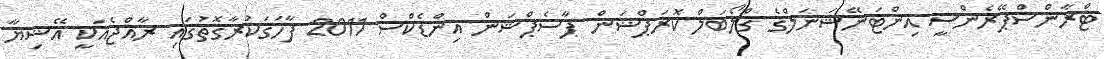
ޓްރާންސްޕޭރެންސީ އިންޓަނޭޝަނަލްގެ ގްލޯބަލް ކޮރަޕްޝަން ޕާސެޕްޝަން އިންޑެކްސް 2011 ފާހަގަކުރާގޮތުގައި ރާއްޖެއަކީ އޭޝިޔާ